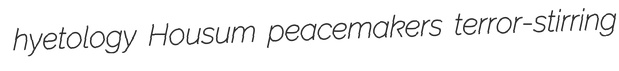
hyetology Housum peacemakers terror-stirring